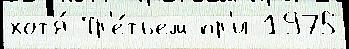
хот'я́ Тр'е́тьем пр'и 1975